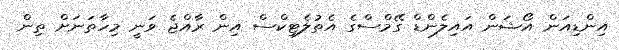
އިންޑިއަން އޯޝަން އައިލެންޑް ގޭމްސްގެ އެތުލެޓިކްސް އިން ރާއްޖެ ވަނީ މިހާތަނަށް ތިން